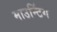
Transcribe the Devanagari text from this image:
माउन्टिंग